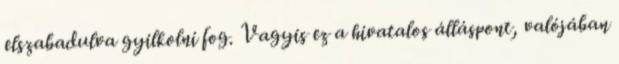
elszabadulva gyilkolni fog. Vagyis ez a hivatalos álláspont, valójában